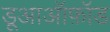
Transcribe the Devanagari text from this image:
डूआऑफ़ॉड